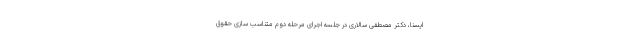
ایسنا، دکتر مصطفی سالاری در جلسه اجرای مرحله دوم متناسب سازی حقوق